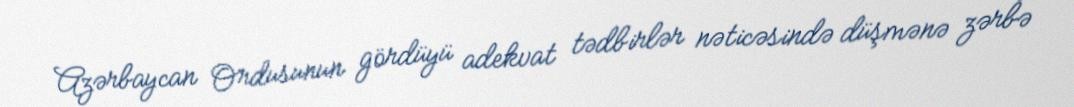
Azərbaycan Ordusunun gördüyü adekvat tədbirlər nəticəsində düşmənə zərbə